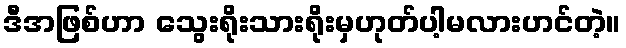
ဒီအဖြစ်ဟာ သွေးရိုးသားရိုးမှဟုတ်ပါ့မလားဟင်တဲ့။